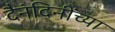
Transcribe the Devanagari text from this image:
दैनंदिनींच्या